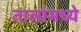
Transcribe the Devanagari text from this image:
तालांमध्ये